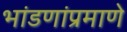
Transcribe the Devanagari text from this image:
भांडणांप्रमाणे